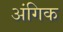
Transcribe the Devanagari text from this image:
अंगिक